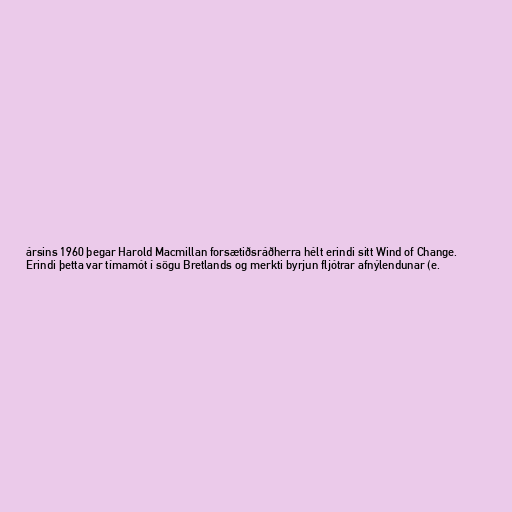
ársins 1960 þegar Harold Macmillan forsætiðsráðherra hélt erindi sitt Wind of Change.
Erindi þetta var tímamót í sögu Bretlands og merkti byrjun fljótrar afnýlendunar (e.